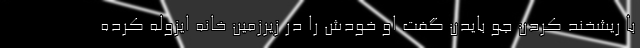
با ریشخند کردن جو بایدن گفت او خودش را در زیرزمین خانه ایزوله کرده